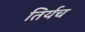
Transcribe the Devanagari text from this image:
तिर्यच